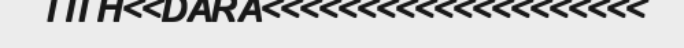
TITH<<DARA<<<<<<<<<<<<<<<<<<<<